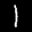
Label: 1